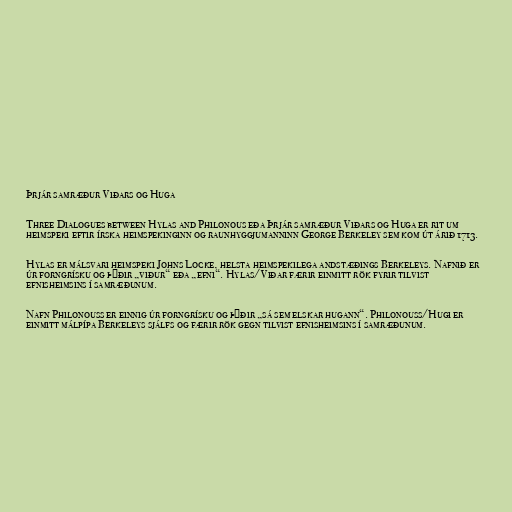
Þrjár samræður Viðars og Huga

Three Dialogues between Hylas and Philonous eða Þrjár samræður Viðars og Huga er rit um
heimspeki eftir írska heimspekinginn og raunhyggjumanninn George Berkeley sem kom út árið 1713.

Hylas er málsvari heimspeki Johns Locke, helsta heimspekilega andstæðings Berkeleys. Nafnið er
úr forngrísku og þýðir „viður“ eða „efni“. Hylas/Viðar færir einmitt rök fyrir tilvist
efnisheimsins í samræðunum.

Nafn Philonouss er einnig úr forngrísku og þýðir „sá sem elskar hugann“. Philonouss/Hugi er
einmitt málpípa Berkeleys sjálfs og færir rök gegn tilvist efnisheimsins í samræðunum.